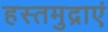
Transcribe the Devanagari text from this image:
हस्तमुद्राएं